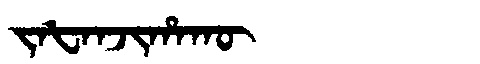
Manchu: ᠵᠠᡶᠠᠨᠵᡳᡥᠠᡴᡡ
Romanization: JAFANJIHAKŪ